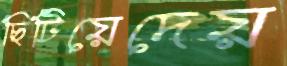
ছিটিয়েদেয়